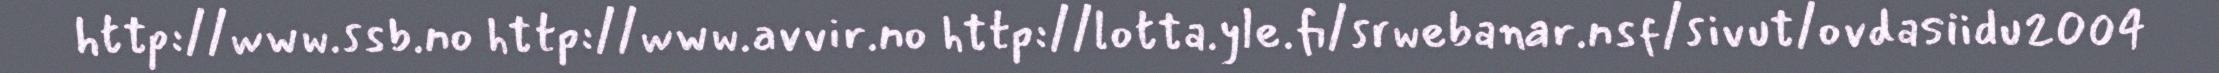
http://www.ssb.no http://www.avvir.no http://lotta.yle.fi/srwebanar.nsf/sivut/ovdasiidu2004